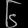
Digit: ၆